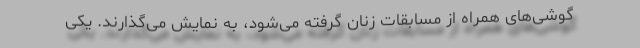
گوشی‌های همراه از مسابقات زنان گرفته می‌شود، به نمایش می‌گذارند. یکی